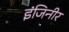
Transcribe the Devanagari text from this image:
इंजिनीर